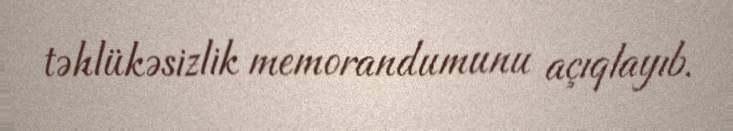
təhlükəsizlik memorandumunu açıqlayıb.